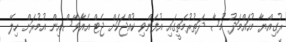
ރުގިއްޔާ މުހައްމަދު މޫސާ ދަތުރުމަތީގައި އުފަންވި ކުއްޖަކަށް ޖެޓް އެއާވޭސްއިން އުމުރަށް ހިލޭ